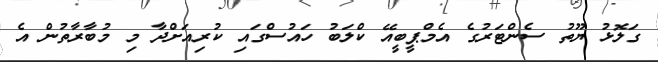
ގަލޮޅު ޔޫތު ސެންޓަރުގެ އެމްޕީބީއޭ ކްލަބު ހައުސްގައި ކުރިއަށްދާ މި މުބާރާތުން އެ